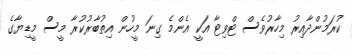
ކުރަމުންދާއިރު މިހާރުވެސް ޓްވިޓާ އަކީ އެންމެ ގިނަ މީހުން އިތުބާރުކުރާ މީސް މީޑިޔާގެ